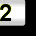
Digit: 2